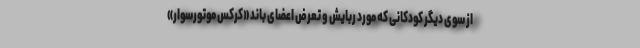
از سوی دیگر کودکانی که مورد ربایش و تعرض اعضای باند «کرکس موتورسوار»